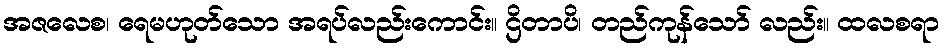
အဇလေစ၊ ရေမဟုတ်သော အရပ်လည်းကောင်း။ ဌိတာပိ၊ တည်ကုန်သော် လည်း။ ထလစရာ